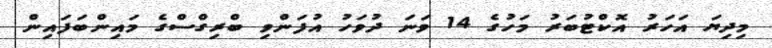
މިދިޔަ އަހަރު އޮކްޓުބަރު މަހުގެ 14 ވަނަ ދުވަހު އުފަންވި ބްރިގްސްގެ މައިންބަފައިން